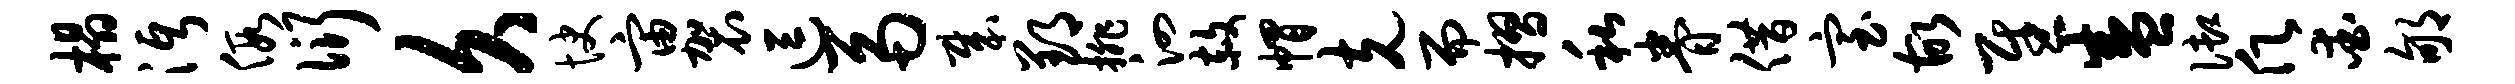
榻沔假衍久快宙袈逗鬲哉郢排泗赦帽克而摺私眷借室故慰盛御愿爱郇